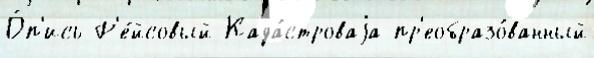
О́п'ись Р'е́йсовый Када́строваjа пр'еобразо́ванный